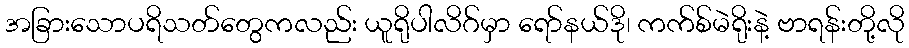
အခြားသောပရိသတ်တွေကလည်း ယူရိုပါလိဂ်မှာ ရော်နယ်ဒို၊ ကက်စ်မဲရိုးနဲ့ ဗာရန်းတို့လို